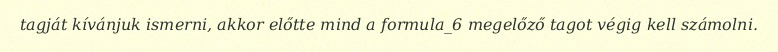
tagját kívánjuk ismerni, akkor előtte mind a formula_6 megelőző tagot végig kell számolni.